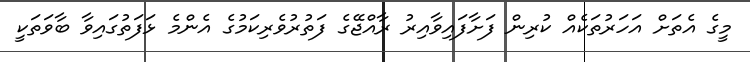
މީގެ އެތަށް އަހަރުތަކެއް ކުރިން ފަށާފައިވާއިރު ރާއްޖޭގެ ފަތުރުވެރިކަމުގެ އެންމެ ޅަފަތުގައިވާ ބާވަތަކީ